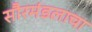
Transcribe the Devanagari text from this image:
सौरमंडलाचा